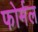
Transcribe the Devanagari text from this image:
फोर्मल